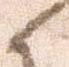
候